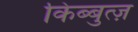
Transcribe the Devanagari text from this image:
किब्बुत्ज़